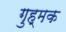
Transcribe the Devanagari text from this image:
गुह्मक